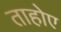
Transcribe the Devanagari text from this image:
ताहोए